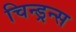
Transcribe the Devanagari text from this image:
चिन्ड्रन्स